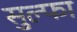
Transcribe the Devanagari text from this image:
सुल्फा